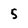
Character: 5